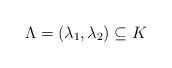
LaTeX: \begin{align*}\Lambda = ( \lambda_1, \lambda_2 ) \subseteq K\end{align*}